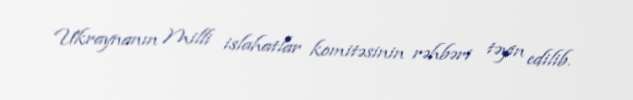
Ukraynanın Milli islahatlar komitəsinin rəhbəri təyin edilib.